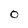
Character: o